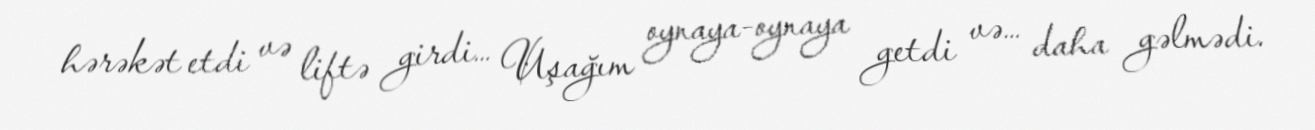
hərəkət etdi və liftə girdi… Uşağım oynaya-oynaya getdi və… daha gəlmədi.